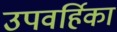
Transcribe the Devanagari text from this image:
उपवर्हिका